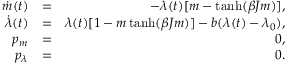
\begin{array} { r l r } { \dot { m } ( t ) } & { = } & { - \lambda ( t ) [ m - \operatorname { t a n h } ( \beta J m ) ] , } \\ { \dot { \lambda } ( t ) } & { = } & { \lambda ( t ) [ 1 - m \operatorname { t a n h } ( \beta J m ) ] - b ( \lambda ( t ) - \lambda _ { 0 } ) , } \\ { p _ { m } } & { = } & { 0 , } \\ { p _ { \lambda } } & { = } & { 0 . } \end{array}